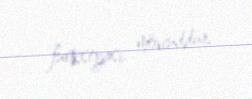
funksiyası mövcuddur.